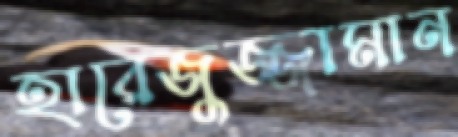
হারেজুজ্জামান